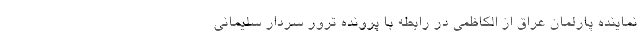
نماینده پارلمان عراق از الکاظمی در رابطه با پرونده ترور سردار سلیمانی